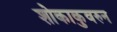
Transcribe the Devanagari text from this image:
शोकाकुवरुन